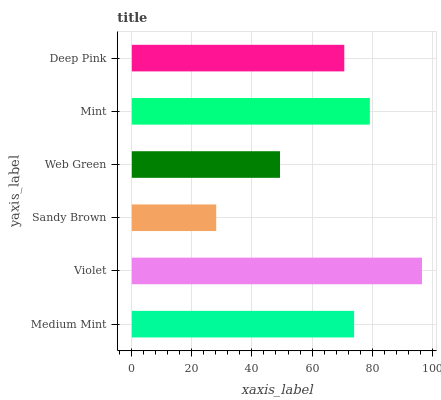
| yaxis_label | bars |
 | --- | --- |
 | Medium Mint | 74 |
 | Violet | 96.6 |
 | Sandy Brown | 28.1 |
 | Web Green | 49.3 |
 | Mint | 79.2 |
 | Deep Pink | 70.7 |